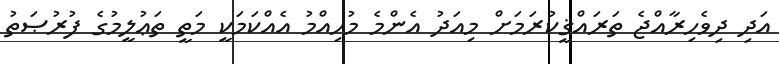
އަދި ދިވެހިރާއްޖެ ތަރައްޤީކުރަމަށް މިއަދު އެންމެ މުހިއްމު އެއްކަމަކީ މަތީ ތަޢުލީމުގެ ފުރުޞަތު